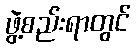
ဖွဲ့စည်းရာတွင်